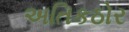
અતિકઠોર